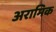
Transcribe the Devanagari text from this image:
अरामिक